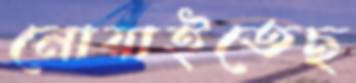
নোয়াইতেছ